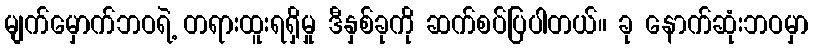
မျက်မှောက်ဘဝရဲ့ တရားထူးရရှိမှု ဒီနှစ်ခုကို ဆက်စပ်ပြပါတယ်။ ခု နောက်ဆုံးဘဝမှာ